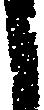
し